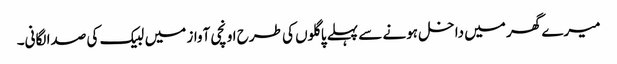
میرے گھر میں داخل ہونے سے پہلے پاگلوں کی طرح اونچی آواز میں لبیک کی صدا لگانی۔